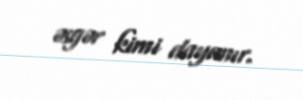
əsgər kimi dayanır.